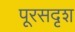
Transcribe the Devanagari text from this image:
पूरसदृश